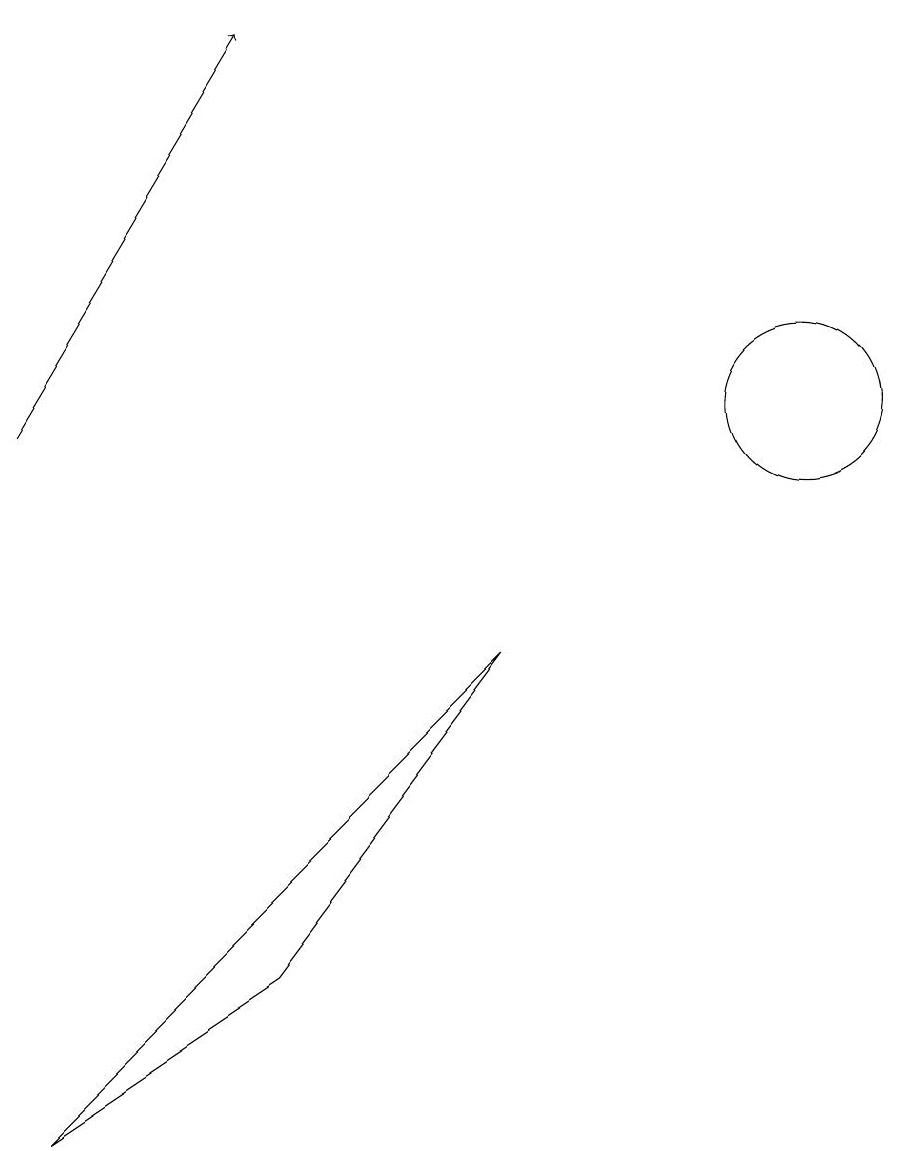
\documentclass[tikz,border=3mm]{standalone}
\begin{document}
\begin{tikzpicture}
\draw (7,8) -- (4,4) -- (1,2) -- cycle;
\draw (11,11) circle (1);
\draw (11,11) circle (0);
\draw (10,12) circle (0);
\draw[->] (1,11) -- (4,16);
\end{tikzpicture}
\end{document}